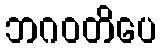
ဘဂဝတိပေ